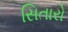
સિતારો